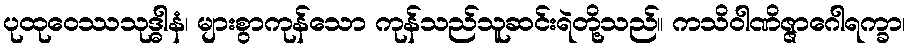
ပုထုဝေဿသုဒ္ဓါနံ၊ များစွာကုန်သော ကုန်သည်သူဆင်းရဲတို့သည်။ ကသိဝါဏိဇ္ဇာဂေါရက္ခာ၊